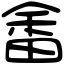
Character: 畬